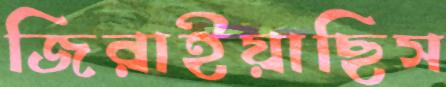
জিরাইয়াছিস